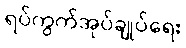
ရပ်ကွက်အုပ်ချုပ်ရေး